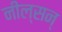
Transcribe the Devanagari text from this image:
नील्सन्